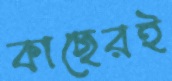
কাছেরই